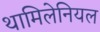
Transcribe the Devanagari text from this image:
थामिलेनियल